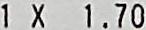
1 X 1.70